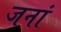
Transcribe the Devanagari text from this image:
जनां